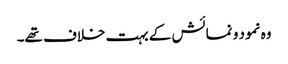
وہ نمود و نمائش کے بہت خلاف تھے۔